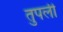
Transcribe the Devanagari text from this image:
तुपली